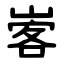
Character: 㟯